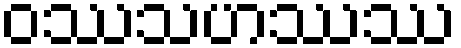
ဝဿသဟဿဿ